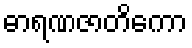
ဓာရဏဇာတိကော